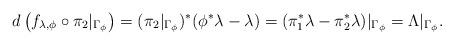
LaTeX: \begin{align*} d\left(f_{\lambda,\phi}\circ\pi_2|_{\Gamma_{\phi}}\right)=(\pi_2|_{\Gamma_{\phi}})^{*}(\phi^*\lambda-\lambda)=(\pi_{1}^{*}\lambda-\pi_{2}^{*}\lambda)|_{\Gamma_{\phi}}=\Lambda|_{\Gamma_{\phi}}.\end{align*}